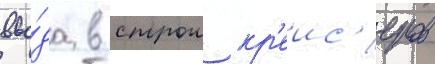
вво́да в строи кр'еис'еров